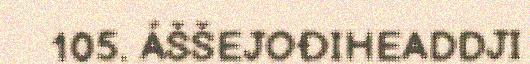
105. ÁŠŠEJOĐIHEADDJI